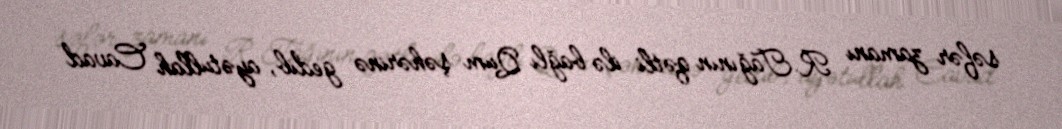
səfər zamanı R.Tağının qətli ilə bağlı Qum şəhərinə gedib, ayətullah Cavad